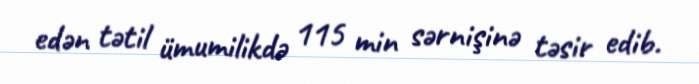
edən tətil ümumilikdə 115 min sərnişinə təsir edib.